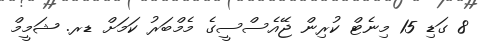
8 ގަޑި 15 މިނެޓް ކުރިން ޖޭއެސްސީގެ މެމްބަރު ކަމަށް ޑރ. ޝަމީމް